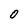
Character: 0